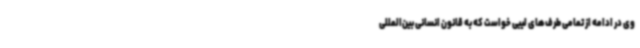
وی در ادامه از تمامی طرف‌های لیبی خواست که به قانون انسانی بین‌المللی